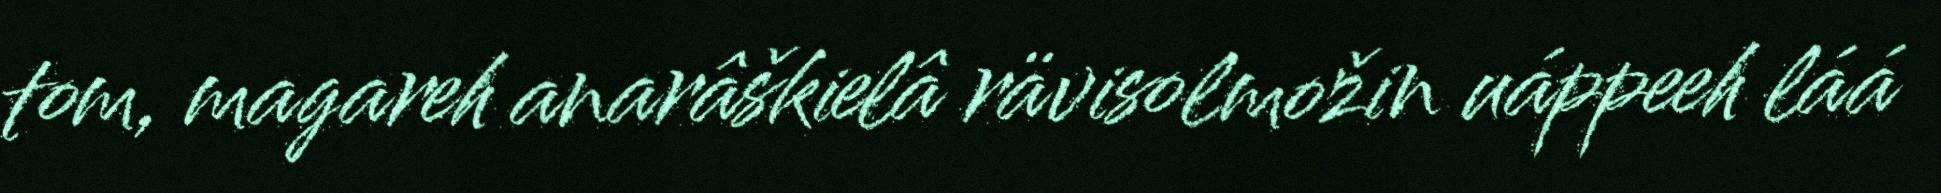
tom, magareh anarâškielâ rävisolmožin uáppeeh láá